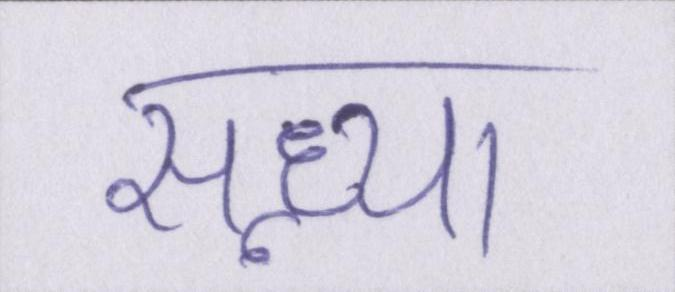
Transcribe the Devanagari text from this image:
सन्ध्या